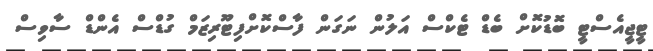
ޓީޖީއެސްޓީ ބޮޑުކޮށް ބެޑް ޓެކްސް އަލުން ނަގަން ފާސްކޮށްފިޓޫރިޒަމް ގުޑްސް އެންޑް ސާވިސް